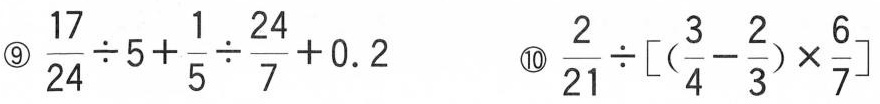
⑨$$\frac{17}{24}\div 5+ \frac{1}{5}\div \frac{24}{7}+0.2$$ ⑩$$\frac{2}{21}\div \left[(\frac{3}{4}- \frac{2}{3})\times \frac{6}{7}\right]$$